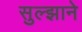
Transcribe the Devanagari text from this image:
सुल्झाने